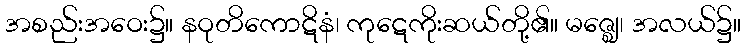
အစည်းအဝေး၌။ နဝုတိကောဋိနံ၊ ကုဋေကိုးဆယ်တို့၏။ မဇ္ဈေ၊ အလယ်၌။